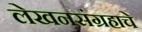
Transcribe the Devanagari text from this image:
लेखनसंग्रहाचे